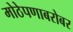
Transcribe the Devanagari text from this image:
मोठेपणाबरोबर